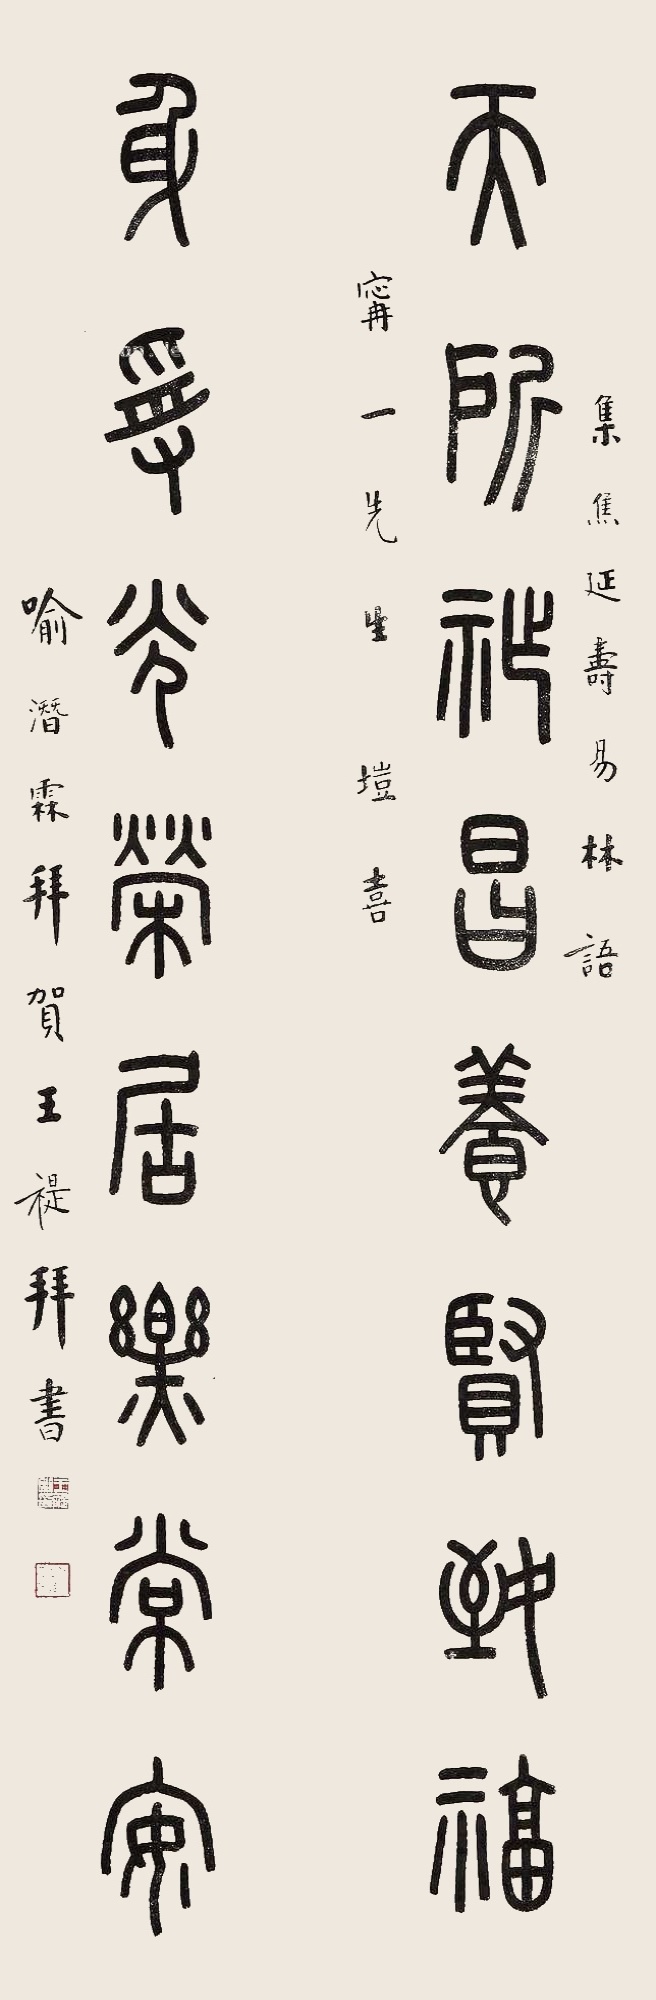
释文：天所祚昌养贤致福，身受光荣居乐常安。集焦延寿易林语，宁一先生垲喜。喻潜霖拜贺王褆拜书。